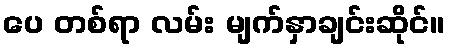
ပေ တစ်ရာ လမ်း မျက်နှာချင်းဆိုင်။